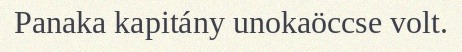
Panaka kapitány unokaöccse volt.